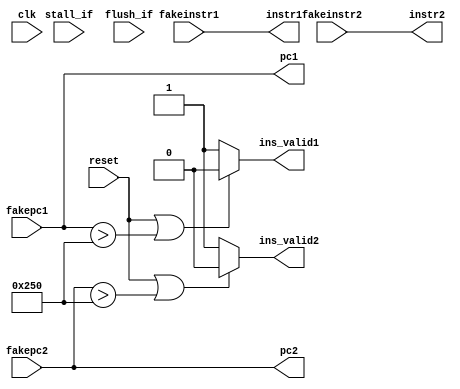
module stage_if (
    input clk,
    input reset,
    input stall_if,
    input flush_if,

    input [31:0] fakeinstr1,
    input [31:0] fakeinstr2,
    input [31:0] fakepc1,
    input [31:0] fakepc2,
    
    output wire [31:0] instr1,
    output wire [31:0] pc1,
    output wire ins_valid1,
    output wire [31:0] instr2,
    output wire [31:0] pc2,
    output wire ins_valid2
);

reg [31:0] instr_buf [0:7];
reg [3:0] headp;
reg [3:0] tailp;


assign instr1 = fakeinstr1;
assign instr2 = fakeinstr2;
assign pc1 = fakepc1;
assign pc2 = fakepc2;
assign ins_valid1 = (reset|(pc1>32'h250))?1'b0:1'b1;
assign ins_valid2 = (reset|(pc2>32'h250))?1'b0:1'b1;
    
endmodule